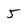
Character: 5